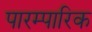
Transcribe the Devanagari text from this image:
पारम्पारिक